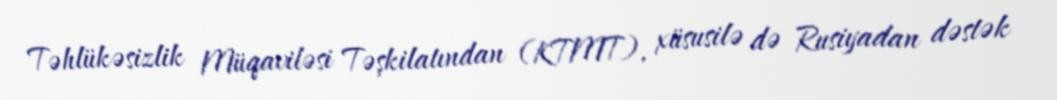
Təhlükəsizlik Müqaviləsi Təşkilatından (KTMT), xüsusilə də Rusiyadan dəstək